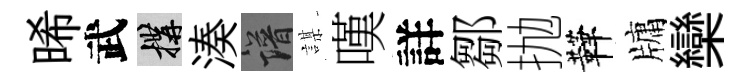
晞武構湊譜謀嘆詳鄒抛鞾牗欒